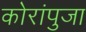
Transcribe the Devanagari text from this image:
कोरांपुजा